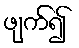
ဖျက်၍